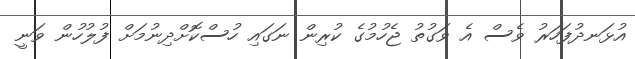
އުޅަނދުފަހަރު ވެސް އެ ވަގުތު ޖެހުމުގެ ކުރިން ނަގައި ހުސްކޮށްދިނުމަށް ފުލުހުން ވަނީ